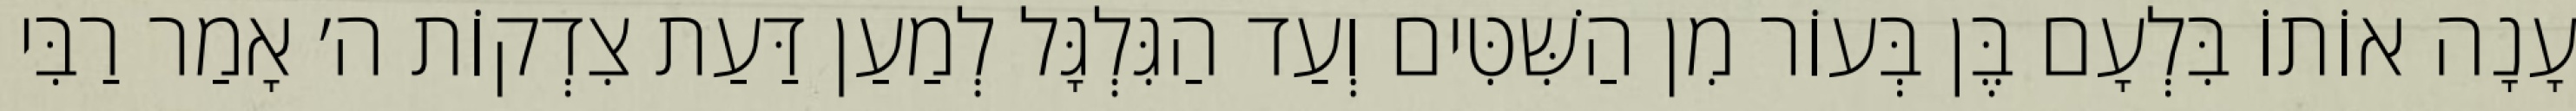
עָנָה אוֹתוֹ בִּלְעָם בֶּן בְּעוֹר מִן הַשִּׁטִּים וְעַד הַגִּלְגָּל לְמַעַן דַּעַת צִדְקוֹת ה׳ אָמַר רַבִּי